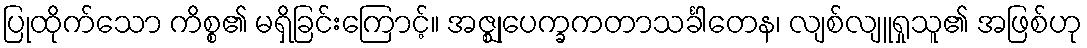
ပြုထိုက်သော ကိစ္စ၏ မရှိခြင်းကြောင့်။ အဇ္ဈုပေက္ခကတာသင်္ခါတေန၊ လျစ်လျူရှုသူ၏ အဖြစ်ဟု